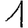
Digit: 1